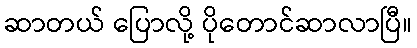
ဆာတယ် ပြောလို့ ပိုတောင်ဆာလာပြီ။